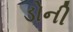
ડોની